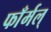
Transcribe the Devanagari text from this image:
फाँर्मल्